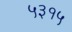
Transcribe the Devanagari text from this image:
५३१५